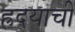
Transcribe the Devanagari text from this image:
ह्रदयाची